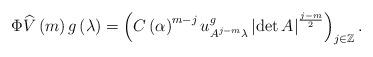
LaTeX: \begin{align*}\Phi\widehat{V}\left( m\right) g\left( \lambda\right) =\left( C\left( \alpha\right) ^{m-j}u_{A^{j-m}\lambda}^{g}\left\vert \det A\right\vert ^{\frac{j-m}{2}}\right) _{j\in\mathbb{Z}}.\end{align*}